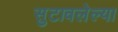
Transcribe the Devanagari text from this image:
सुटावलेल्या